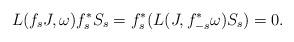
LaTeX: \begin{align*}L(f_sJ,\omega)f_s^\ast S_s = f_s^\ast(L(J,f_{-s}^\ast \omega) S_s) = 0.\end{align*}